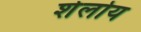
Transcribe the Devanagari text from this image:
शेलोय